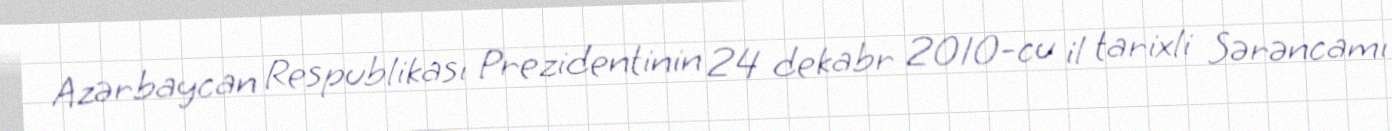
Azərbaycan Respublikası Prezidentinin 24 dekabr 2010-cu il tarixli Sərəncamı